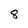
Character: 8